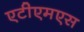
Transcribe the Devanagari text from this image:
एटीएमएस